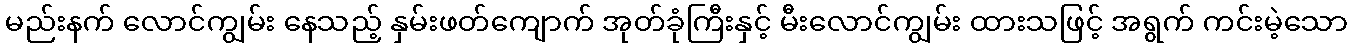
မည်းနက် လောင်ကျွမ်း နေသည့် နှမ်းဖတ်ကျောက် အုတ်ခုံကြီးနှင့် မီးလောင်ကျွမ်း ထားသဖြင့် အရွက် ကင်းမဲ့သော